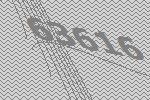
63616